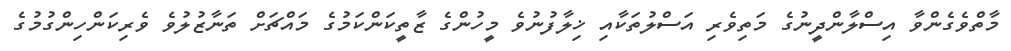
މާތްވެގެންވާ އިސްލާންދީނުގެ މަތިވެރި އަސްލުތަކާއި ޚިލާފުނުވެ މީހުންގެ ޒާތީކަންކަމުގެ މައްޗަށް ތަނާޒުލުވެ ވެރިކަންހިންގުމުގެ